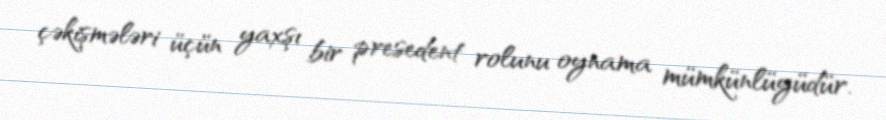
çəkişmələri üçün yaxşı bir presedent rolunu oynama mümkünlüyüdür.